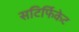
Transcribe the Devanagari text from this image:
सटिर्फिकेट